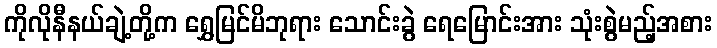
ကိုလိုနီနယ်ချဲ့တို့က ရွှေမြင်မိဘုရား သောင်းခွဲ ရေမြောင်းအား သုံးစွဲမည့်အစား